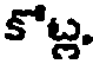
కోట్ల,